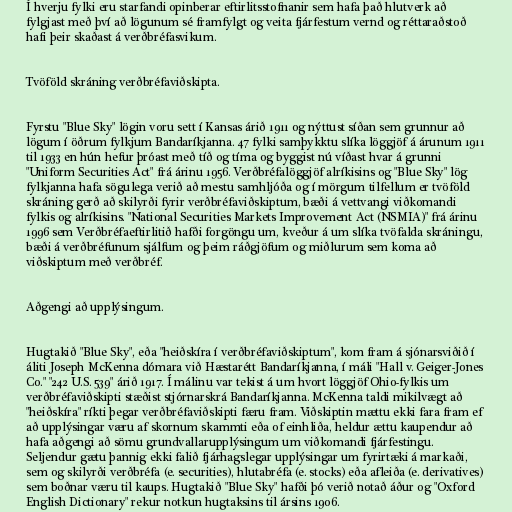
Í hverju fylki eru starfandi opinberar eftirlitsstofnanir sem hafa það hlutverk að
fylgjast með því að lögunum sé framfylgt og veita fjárfestum vernd og réttaraðstoð
hafi þeir skaðast á verðbréfasvikum.

Tvöföld skráning verðbréfaviðskipta.

Fyrstu "Blue Sky" lögin voru sett í Kansas árið 1911 og nýttust síðan sem grunnur að
lögum í öðrum fylkjum Bandaríkjanna. 47 fylki samþykktu slíka löggjöf á árunum 1911
til 1933 en hún hefur þróast með tíð og tíma og byggist nú víðast hvar á grunni
"Uniform Securities Act" frá árinu 1956. Verðbréfalöggjöf alríkisins og "Blue Sky" lög
fylkjanna hafa sögulega verið að mestu samhljóða og í mörgum tilfellum er tvöföld
skráning gerð að skilyrði fyrir verðbréfaviðskiptum, bæði á vettvangi viðkomandi
fylkis og alríkisins. "National Securities Markets Improvement Act (NSMIA)" frá árinu
1996 sem Verðbréfaeftirlitið hafði forgöngu um, kveður á um slíka tvöfalda skráningu,
bæði á verðbréfunum sjálfum og þeim ráðgjöfum og miðlurum sem koma að
viðskiptum með verðbréf.

Aðgengi að upplýsingum.

Hugtakið "Blue Sky", eða "heiðskíra í verðbréfaviðskiptum", kom fram á sjónarsviðið í
áliti Joseph McKenna dómara við Hæstarétt Bandaríkjanna, í máli "Hall v. Geiger-Jones
Co." "242 U.S. 539" árið 1917. Í málinu var tekist á um hvort löggjöf Ohio-fylkis um
verðbréfaviðskipti stæðist stjórnarskrá Bandaríkjanna. McKenna taldi mikilvægt að
"heiðskíra" ríkti þegar verðbréfaviðskipti færu fram. Viðskiptin mættu ekki fara fram ef
að upplýsingar væru af skornum skammti eða of einhliða, heldur ættu kaupendur að
hafa aðgengi að sömu grundvallarupplýsingum um viðkomandi fjárfestingu.
Seljendur gætu þannig ekki falið fjárhagslegar upplýsingar um fyrirtæki á markaði,
sem og skilyrði verðbréfa (e. securities), hlutabréfa (e. stocks) eða afleiða (e. derivatives)
sem boðnar væru til kaups. Hugtakið "Blue Sky" hafði þó verið notað áður og "Oxford
English Dictionary" rekur notkun hugtaksins til ársins 1906.